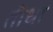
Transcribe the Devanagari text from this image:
तीधा